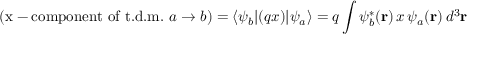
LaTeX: ( { \mathrm { x - c o m p o n e n t ~ o f ~ t . d . m . ~ } } a \rightarrow b ) = \langle \psi _ { b } | ( q x ) | \psi _ { a } \rangle = q \int \psi _ { b } ^ { * } ( \mathbf { r } ) \, x \, \psi _ { a } ( \mathbf { r } ) \, d ^ { 3 } \mathbf { r }